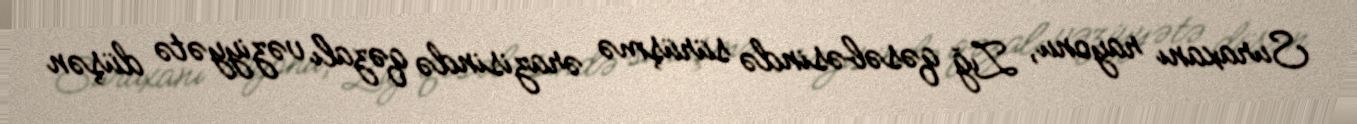
Suraxanı rayonu, Zığ qəsəbəsində sürüşmə ərazisində qəzalı vəziyyətə düşən